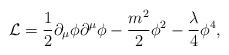
LaTeX: \begin{align*}{\cal L}={1\over2}\partial_\mu\phi\partial^\mu\phi-{m^2\over 2}\phi^2-{\lambda\over 4}\phi^4,\end{align*}